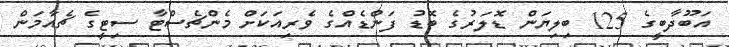
އަބޫދާބީގެ 125 ބިލިޔަން ޑޮލަރުގެ ބޮޑު ފަންޑެއްގެ ވެރިއަކަށް މެންޗެސްޓާ ސިޓީގެ ޗެއާމަން